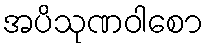
အပိသုဏဝါစော